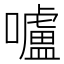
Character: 嚧